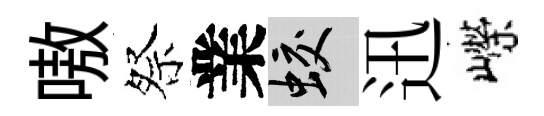
嗷祭業蛟迅嶸